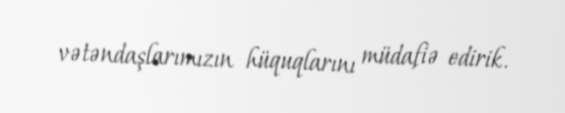
vətəndaşlarımızın hüquqlarını müdafiə edirik.